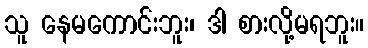
သူ နေမကောင်းဘူး၊ ဒါ စားလို့မရဘူး။